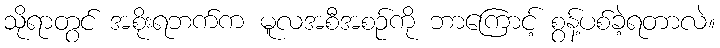
သိုရာတွင် အစိုးရဘက်က မူလအစီအစဉ်ကို ဘာကြောင့် စွန့်ပစ်ခဲ့ရတာလဲ။